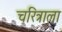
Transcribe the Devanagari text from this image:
चरित्राला